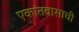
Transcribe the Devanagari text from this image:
एकांतवासाची